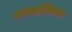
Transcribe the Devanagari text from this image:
असमलैंगिकता